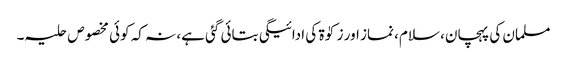
مسلمان کی پہچان، سلام، نماز اور زکوٰۃ کی ادائیگی بتائی گئی ہے، نہ کہ کوئی مخصوص حلیہ۔